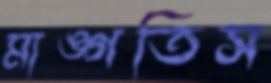
মাঙ্গতিস